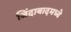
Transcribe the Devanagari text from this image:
जिंदाबादमध्ये